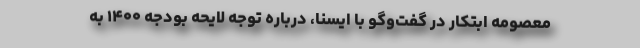
معصومه ابتکار در گفت‌وگو با ایسنا، درباره توجه لایحه بودجه ۱۴۰۰ به